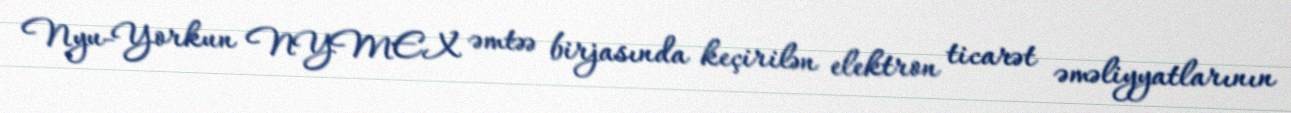
Nyu-Yorkun NYMEX əmtəə birjasında keçirilən elektron ticarət əməliyyatlarının